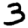
Digit: 3